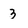
Character: 3